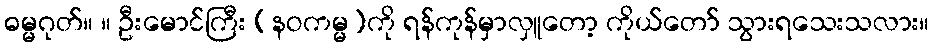
ဓမ္မဂုတ်။ ။ ဦးမောင်ကြီး (နဝကမ္မ)ကို ရန်ကုန်မှာလှူတော့ ကိုယ်တော် သွားရသေးသလား။